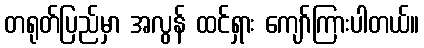
တရုတ်ပြည်မှာ အလွန် ထင်ရှား ကျော်ကြားပါတယ်။